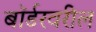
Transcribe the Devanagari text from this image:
बॉर्डरवरील